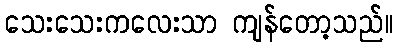
သေးသေးကလေးသာ ကျန်တော့သည်။